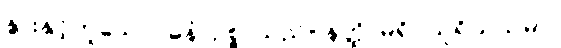
နွားနှင့်တူသော။ ဓနံ၊ ဥစ္စာသည်။ နတ္ထိ၊ မရှိ။ သူရိယသမာ၊